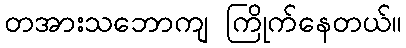
တအားသဘောကျ ကြိုက်နေတယ်။